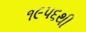
૧૯૫૬થી